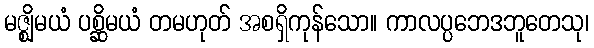
မဇ္ဈိမယံ ပစ္ဆိမယံ တမဟုတ် အစရှိကုန်သော။ ကာလပ္ပဘေဒဘူတေသု၊